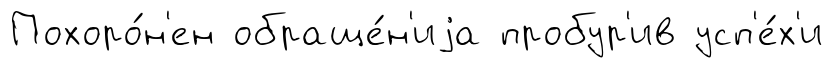
Похоро́н'ен обраще́н'иjа пробур'ив усп'е́х'и